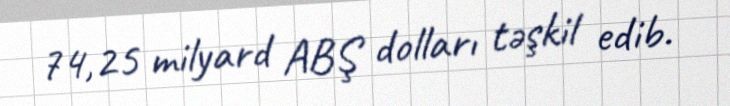
74,25 milyard ABŞ dolları təşkil edib.